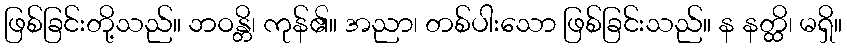
ဖြစ်ခြင်းတို့သည်။ ဘဝန္တိ၊ ကုန်၏။ အညာ၊ တစ်ပါးသော ဖြစ်ခြင်းသည်။ န နတ္ထိ၊ မရှိ။